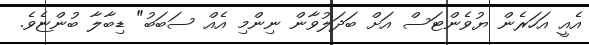
އެއީ އަހަރެން ޔުވެންޓަސް އަށް ބަދަލުވާން ނިންމި އެއް ސަބަބު" ޑިބާލާ ބުންޏެވެ.